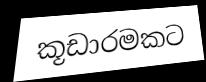
කූඩාරමකට